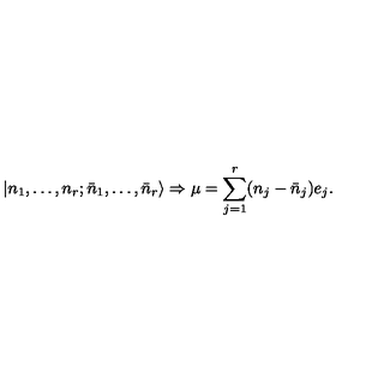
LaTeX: | n _ { 1 } , \ldots , n _ { r } ; \bar { n } _ { 1 } , \ldots , \bar { n } _ { r } \rangle \Rightarrow \mu = \sum _ { j = 1 } ^ { r } ( n _ { j } - \bar { n } _ { j } ) e _ { j } .